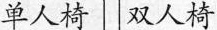
单人椅 双人椅